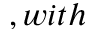
, w i t h